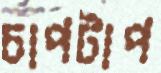
চাপটাপ